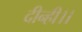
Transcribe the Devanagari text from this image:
दीन्ही।।